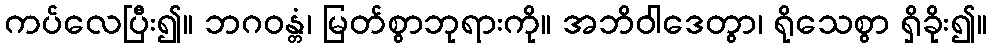
ကပ်လေပြီး၍။ ဘဂဝန္တံ၊ မြတ်စွာဘုရားကို။ အဘိဝါဒေတွာ၊ ရိုသေစွာ ရှိခိုး၍။